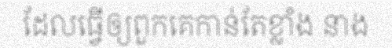
ដែលធ្វើឲ្យពួកគេកាន់តែខ្លាំង នាង